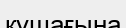
құшағына